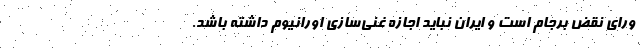
ورای نقض برجام است و ایران نباید اجازه غنی‌سازی اورانیوم داشته باشد.